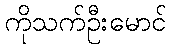
ကိုသက်ဦးမောင်